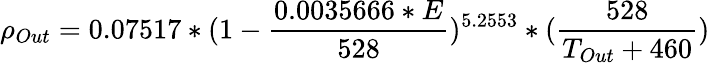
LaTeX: \rho_{Out}=0.07517*(1-{\frac{0.0035666*E}{528}})^{5.2553}*({\frac{528}{T_{Out}+460}})\,